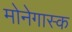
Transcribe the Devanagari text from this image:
मोनेगास्क